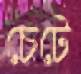
চেটে